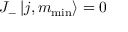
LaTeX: J _ { - } \left| j , m _ { \mathrm { m i n } } \right\rangle = 0